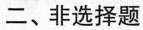
二、非选择题